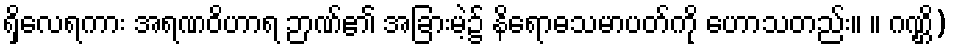
ရှိလေရကား အရဏဝိဟာရ ဉာဏ်၏ အခြားမဲ့၌ နိရောဓသမာပတ်ကို ဟောသတည်း။ ။ ဂဏ္ဌိ)